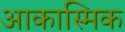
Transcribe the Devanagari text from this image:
आकास्मिक